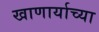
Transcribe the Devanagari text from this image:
खाणार्याच्या